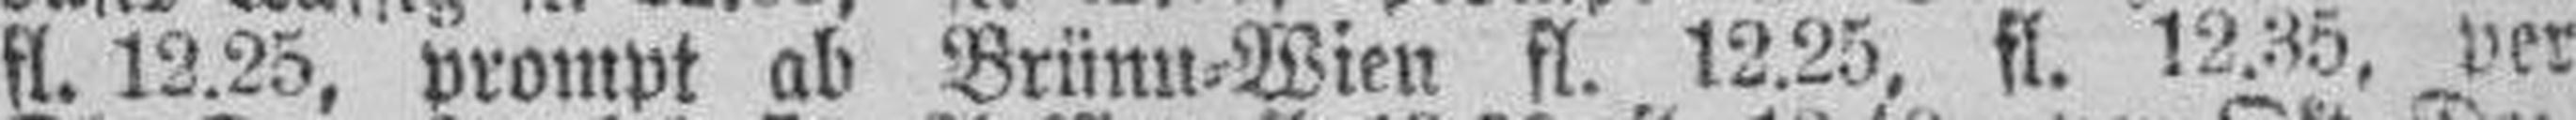
fl. 12.25, prompt ab Brünn=Wien fl. 12.25, fl. 12.35, per